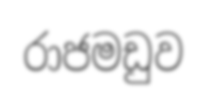
රාජමඩුව